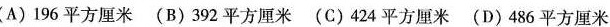
(A)196平方厘米 (B)392平方厘米 (C)424平方厘米( D)486平方厘米